Vital statistics of India. Vol. IV, Annual returns from 1871 to 1876. British Army of India, Native Army and jails of Bengal
Year: 1871
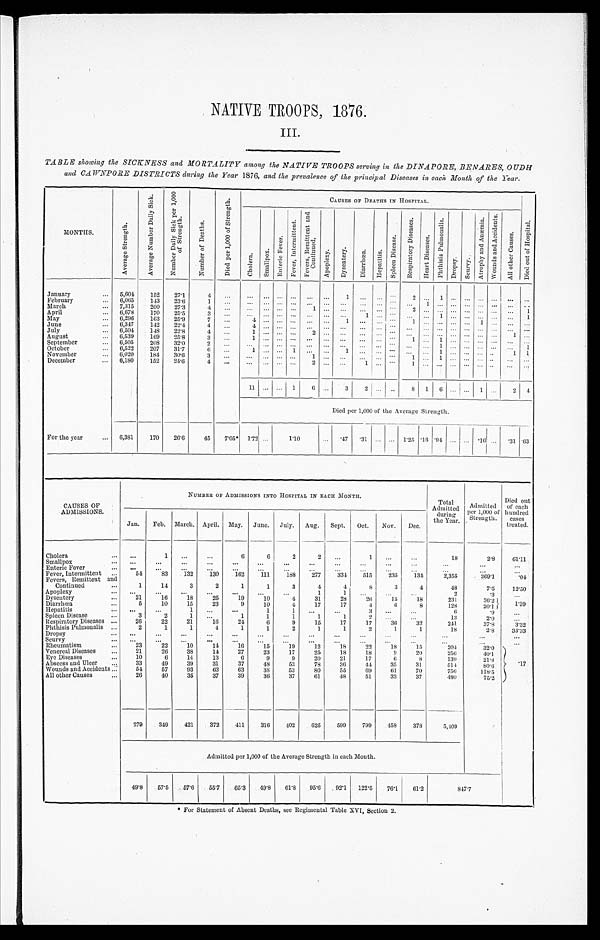
NATIVE TROOPS, 1876.
III.
TABLE showing the SICKNESS and MORTALITY among the NATIVE TROOPS serving in the DINAPORE, BENARES, OUD
H and CAWNPORE DISTRICTS during the Year 1876, and the prevalence of the principal Diseases in each Month of the Year.
MONTHS.
A v e r a g e S t r e n g t h .
A v e r a g e N u m b e r D a i l y S i c k .
N u m b e r D a i l y S i c k p e r 1 , 0 0 0
o f S t r e n g t h .
N u m b e r o f D e a t h s .
D i e d p e r 1 , 0 0 0 o f S t r e n g t h .
C A U S E S O F D E A T H S I N H O S P I T A L .
D i e d o u t o f H o s p i t a l .
C h o l e r a . S m a l l p o x .
E n t e r i c F e v e r .
F e v e r , I n t e r m i t t e n t .
F e v e r s , R e m i t t e n t a n d
C o n t i n u e d .
A p o p l e x y . D y s e n t e r y .
D i a r r h œ a .
H e p a t i t i s .
S p l e e n D i s e a s e s .
R e s p i r a t o r y D i s e a s e s .
H e a r t D i s e a s e s .
P h t h i s i s P u l m o n a l i s .
D r o p s y . Sc u r v y .
A t r o p h y a n d A n æ m i a .
W o u n d s a n d A c c i d e n t s .
A l l o t h e r C a u s e s .
January
5,604 152 27.1
4
1
2
1
F e b r u a r y 6,065 143 23.6
1
1
M a r c h
7,315 200 27.3
4
1
2
1
April
6,678 170 25.5
3
1
1
1
May
6,296 163 25.9
7
4
1
1
1
June
6,347 142 22.4
4
4
July
6,504 148 22.8
4
1
2
1
August
6,539 169 25.8
3
1
1
1
September
6,505 208 32.0
2
1
1
October
6,522 207 31.7
6
1
1
1
1
1 1
November
6,020 184 30.6
3
1
1
1
December
6,180 152 24.6
4
2
1
1
11
1 6
3 2
8 1 6
1
2
4
Died per 1,000 of the Average Strength.
For the year
6,381 170 26.6
45 7.05* 1.72
1.10
.47 .31
1.25 .16 .94
.16
. 3 1 .63
CAUSES OF
ADMISSIONS.
NUMBER OF ADMISSIONS INTO HOSPITAL IN EACH MONTH.
Total
Admitted
during
the Year.
Admitted
per 1,000 of
Strength.
Died out
of each
hundred
cases
treated.
Jan. Feb. March. April. May. June. July. Aug. Sept. Oct. Nov. Dec.
Cholera
1
6
6
2
2
1
18
2.8 61.11
Smallpox Enteric Fever
Fever, Intermittent
54
83 132 130 162 111 188 277 334 515 235 134
2,355
369. 1
. 0 4
Fevers, Remittent and
Continued
1
14
3
2
1
1
3
4
4
8
3
4
48
7.5 12.50
Apoplexy
1
1
2
.3
Dysentery
21
16
18
25
19
10
4
31
28
26
15
18
231
36.2 1.39
Diarrhœa
5 10
15
23
9
10
4 17
17
4
6
8
128
20.1 1.39
Hepatitis
1
1
1
3
6
.9
Spleen Disease
3
2
1
1
1
1
1
1
2
13
2.0
Respiratory Diseases
26
22
21
16
24
6
9
15
17
17
36
32
241
37.8
3.32
Phthisis Pulmonalis
2
1
1
4
1
1
2
1
1
2
1
1
18
2.8 33.33
Dropsy Scurvy Rheumatism
23
22
1 0
14
16
15
19
12
18
22
18
15
204
32.0
.17
Venereal Diseases
2 1 26
38
14
27
23
17
25
18
18
9
20
256
40.1
Eye Diseases
10
6
14
13
6
9
9
20
21
17
6
8
139
21.8
Abscess and Ulcer
33
49
39
31
37
48
53
78
36
44
35
31
5l 4
80.6
Wounds and Accidents
54 57
93
63
63
38
53
80
55
69
61
70
756
118.5
All other Causes
2 6
40
35
37
39
36
37
61
48
51
33
37
480
75.2
279 349 421 372 411 316 402 625 599 799 458 378
5,409
Admitted per 1,000 of the Average Strength in each Month.
49.8 57.5 57.6 55.7 65.3 49.8 61.8 95.6 92.1 122.5 76.1 61.2
8 4 7 . 7
* For Statement of Absent Deaths, see Regimental Table XVI, Section 2.